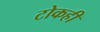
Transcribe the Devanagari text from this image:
टोकही